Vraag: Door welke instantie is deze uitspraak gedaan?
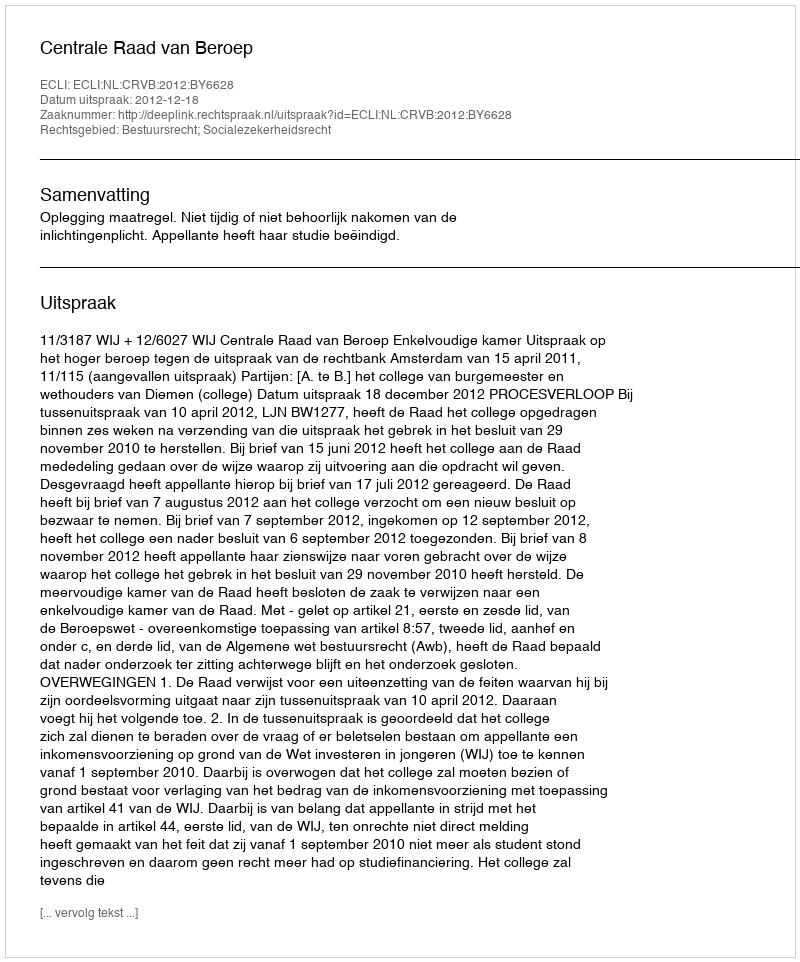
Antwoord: Centrale Raad van Beroep